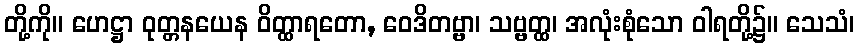
တို့ကို။ ဟေဋ္ဌာ ဝုတ္တနယေန ဝိတ္ထာရတော, ဝေဒိတဗ္ဗာ၊ သဗ္ဗတ္ထ၊ အလုံးစုံသော ဝါရတို့၌။ သေသံ၊